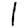
Digit: 1